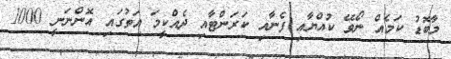
މާބޮޑު ކަމެއް ނޯވޭ ކުއްޔާއި ފެނާއި ކަރަންޓާއި ދެއްކީމަ އަތުގައި އޮންނަނީ 1000